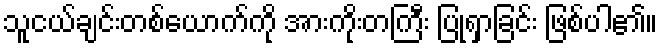
သူငယ်ချင်းတစ်ယောက်ကို အားကိုးတကြီး ပြုရှာခြင်း ဖြစ်ပါ၏။